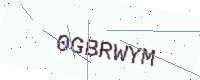
Text: 0GBRWYM